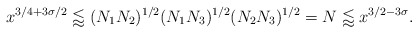
\begin{align*} x^{3/4+3\sigma/2}\lessapprox (N_1N_2)^{1/2}(N_1N_3)^{1/2}(N_2N_3)^{1/2}=N\lessapprox x^{3/2-3\sigma}.\end{align*}